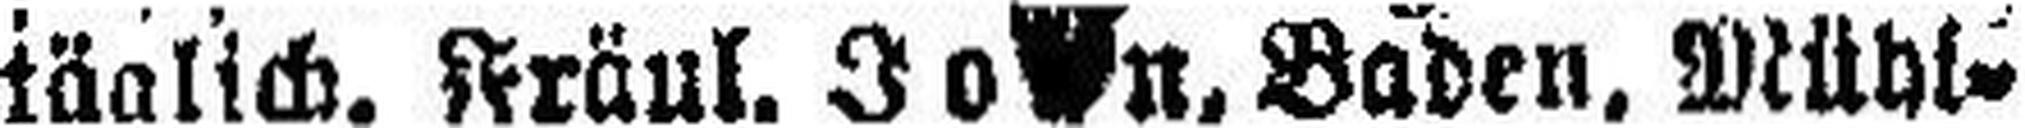
täglich. Fräul. John, Baden, Mühl¬